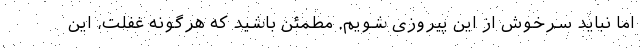
اما نباید سرخوش از این پیروزی شویم. مطمئن باشید که هرگونه غفلت، این